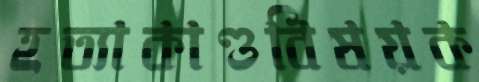
হত্যাকাণ্ডবিষয়ক